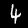
Label: 4